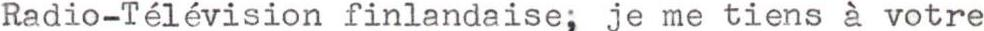
Radio-Télévision finlandaise; je me tiens à votre